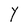
Character: Y